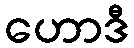
ဟောဒီ